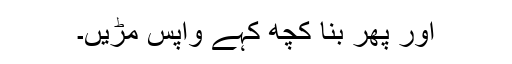
اور پھر بنا کچھ کہے واپس مُڑیں۔